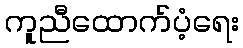
ကူညီထောက်ပံ့ရေး